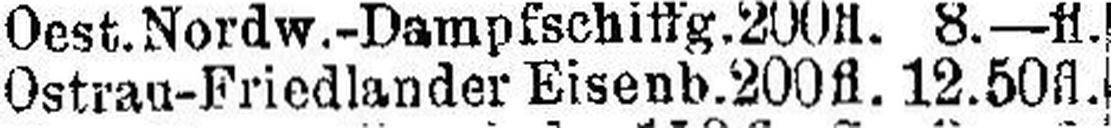
Ostrau-Friedlander Eisenb. 200 fl. 12.50 fl.